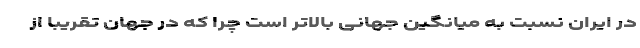
در ایران نسبت به میانگین جهانی بالاتر است چرا که در جهان تقریبا از